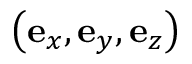
\left( \mathbf { e } _ { x } , \mathbf { e } _ { y } , \mathbf { e } _ { z } \right)